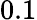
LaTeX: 0.1